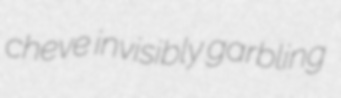
cheve invisibly garbling